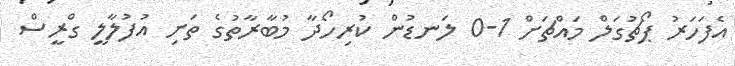
އެފަހަރު ޕޯޗުގަލް މައްޗަށް 1-0 ލަނޑުން ކުރިހޯދާ މުބާރާތުގެ ތަށި އުފުލާލީ ގްރީސް